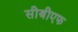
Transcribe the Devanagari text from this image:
सीबीएफ